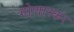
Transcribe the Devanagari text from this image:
गोणारकर